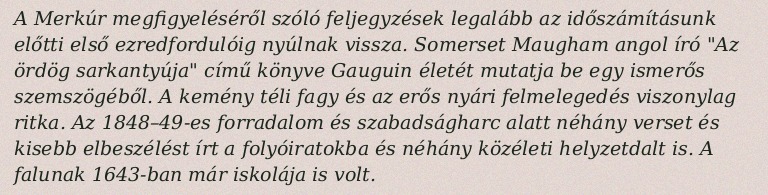
A Merkúr megfigyeléséről szóló feljegyzések legalább az időszámításunk előtti első ezredfordulóig nyúlnak vissza. Somerset Maugham angol író "Az ördög sarkantyúja" című könyve Gauguin életét mutatja be egy ismerős szemszögéből. A kemény téli fagy és az erős nyári felmelegedés viszonylag ritka. Az 1848–49-es forradalom és szabadságharc alatt néhány verset és kisebb elbeszélést írt a folyóiratokba és néhány közéleti helyzetdalt is. A falunak 1643-ban már iskolája is volt.